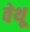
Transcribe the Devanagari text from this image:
वेथू